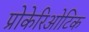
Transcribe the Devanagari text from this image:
प्रोकेरिओटिक